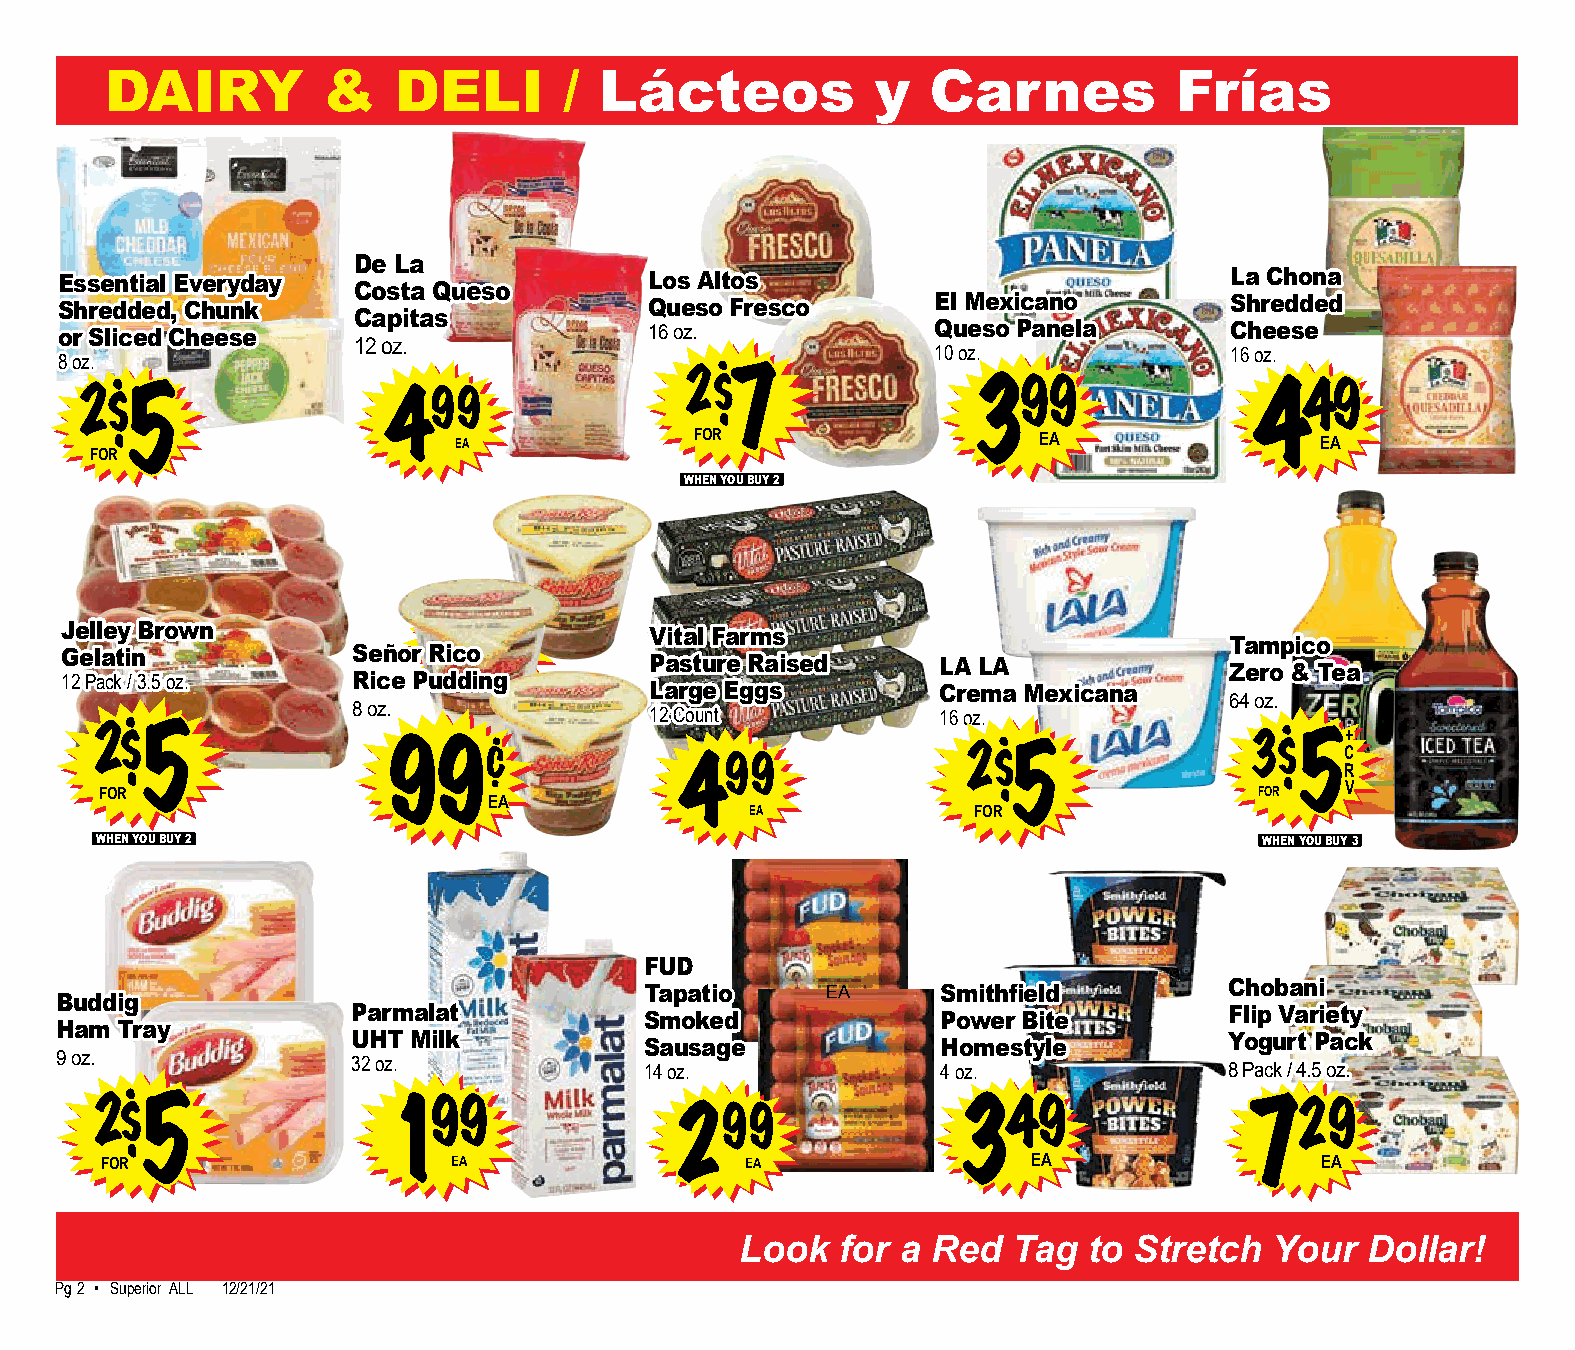
DAIRY         &    DELI       /  Lácteos           y   Carnes          Frías
 De La
 Essential Everyday                     Los Altos                             La Chona
 Costa Queso
 Shredded, Chunk                        Queso Fresco       El Mexicano        Shredded
 Capitas
 or Sliced Cheese                       16 oz.             Queso Panela       Cheese
 12 oz.
 10 oz.             16 oz.
 8 oz.
 2$
 2$
 5
 499                    7               399                449
 EA              FOR                    EA                EA
 FOR
 WHEN YOU BUY 2
 99
 Jelley Brown            3              Vital Farms
 Tampico
 Gelatin            Señor Rico EA       Pasture Raised     LA LA              Zero & Tea
 12 Pack / 3.5 oz.  Rice Pudding
 Large Eggs         Crema Mexicana
 64 oz.
 8 oz.               12 Count           16 oz.
 2$                                                                                 +
 5               99¢
 499
 2$
 5
 3$ 5C
 R
 FOR                                                                         FOR   V
 EA
 EA            FOR
 WHEN YOU BUY 2                                                                WHEN YOU BUY 3
 FUD
 Tapatio     EA     Smithfield         Chobani
 Buddig
 Parmalat            Smoked             Power Bite         Flip Variety
 Ham Tray
 UHT Milk            Sausage            Homestyle          Yogurt Pack
 9 oz.              32 oz.
 14 oz.             4 oz.              8 Pack / 4.5 oz.
 2$ 5                199                299               349                 729
 FOR                    EA                 EA                 EA                 EA
 Look   for a Red  Tag  to Stretch  Your   Dollar!
 Pg 22 • Superior ALL 12/21/21